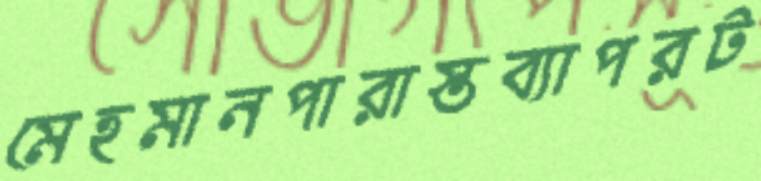
মেহমানপারাস্তব্যাপরট